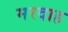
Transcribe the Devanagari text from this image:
मरदाह